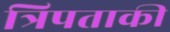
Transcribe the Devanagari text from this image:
त्रिपताकी